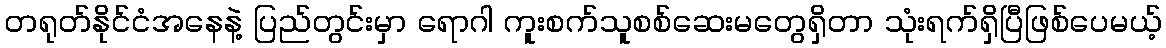
တရုတ်နိုင်ငံအနေနဲ့ ပြည်တွင်းမှာ ရောဂါ ကူးစက်သူစစ်ဆေးမတွေရှိတာ သုံးရက်ရှိပြီဖြစ်ပေမယ့်